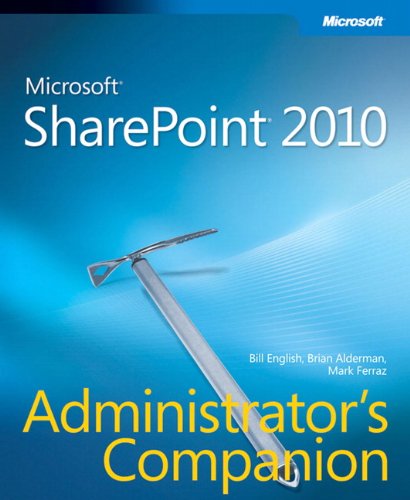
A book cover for Microsoft SharePoint 2010 Administrator's Companion (Admin Companion); Bill English; Computers & Technology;